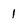
Character: 1